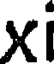
xi